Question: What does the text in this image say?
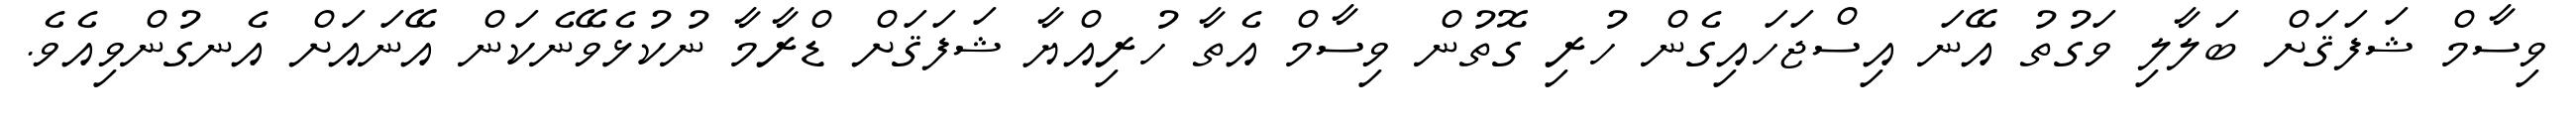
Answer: ވިސާމް ޝަފަޤަށް ބަލާލި ވަގުތު އޭނަ އިސްޖަހައިގެން ހުރި ގޮތުން ވިސާމް އެތާ ހުރިއްޔާ ޝަފަޤަށް ޑްރާމާ ނުކުޅެވޭނެކަން އޭނައަށް އެނގުންވިއެވެ.